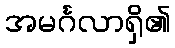
အမင်္ဂလာရှိ၏